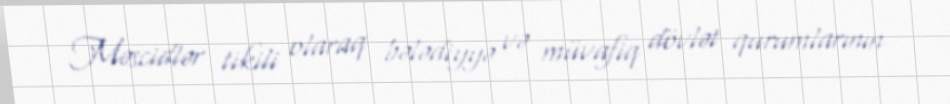
Məscidlər tikili olaraq bələdiyyə və müvafiq dövlət qurumlarının